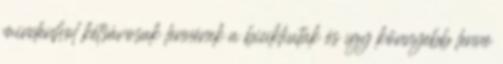
mindenhol kétsávosak lennének a bicikliutak és így könnyebb lenne